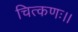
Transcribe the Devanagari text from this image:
चित्कणः।।